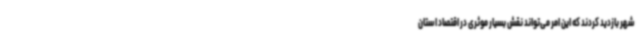
شهر بازدید کردند که این امر می‌تواند نقش بسیار موثری در اقتصاد استان